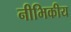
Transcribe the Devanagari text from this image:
नीभिकीय